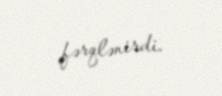
fərqlənirdi.